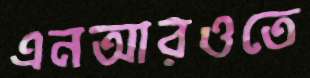
এনআরওতে